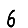
Digit: 6